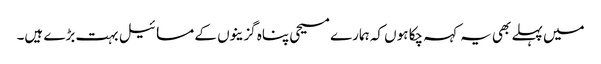
میں پہلے بھی یہ کہہ چکا ہوں کہ ہمارے مسیحی پناہ گزینوں کے مسائیل بہت بڑے ہیں۔